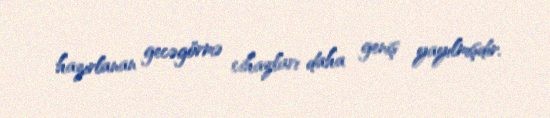
hazırlanan gecəgörmə cihazları daha geniş yayılmışdır.